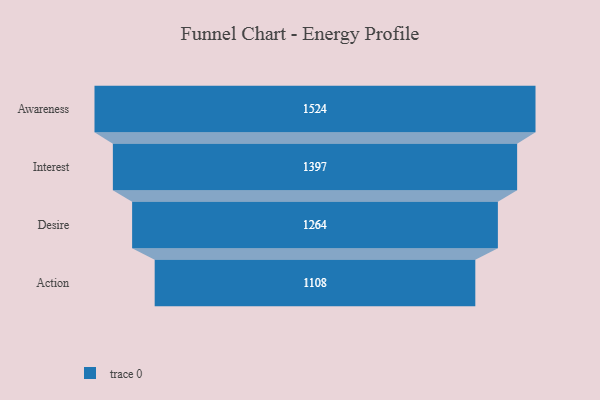
{"axis": {"x": "Stage", "y": "Value"}, "legend": [""], "data": [{"x": "Awareness", "y": 1524.0, "type": ""}, {"x": "Interest", "y": 1397.0, "type": ""}, {"x": "Desire", "y": 1264.0, "type": ""}, {"x": "Action", "y": 1108.0, "type": ""}]}